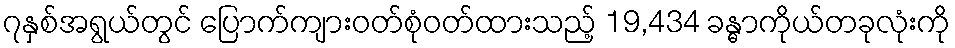
၇နှစ်အရွယ်တွင် ပြောက်ကျားဝတ်စုံဝတ်ထားသည့် 19,434 ခန္ဓာကိုယ်တခုလုံးကို